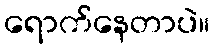
ရောက်နေတာပဲ။